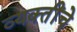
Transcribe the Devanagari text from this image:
व्‍यक्‍तींचे